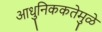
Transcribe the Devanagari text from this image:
आधुनिककतेमुळे